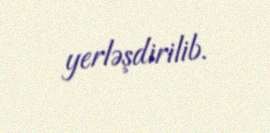
yerləşdirilib.